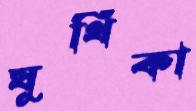
যুথিকা